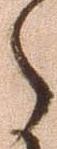
之